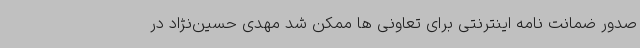
صدور ضمانت نامه اینترنتی برای تعاونی ها ممکن شد مهدی حسین‌نژاد در